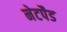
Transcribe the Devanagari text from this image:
नेटपैड